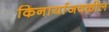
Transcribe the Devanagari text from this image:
किनार्याजवळील